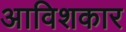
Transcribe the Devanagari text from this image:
अाविशकार